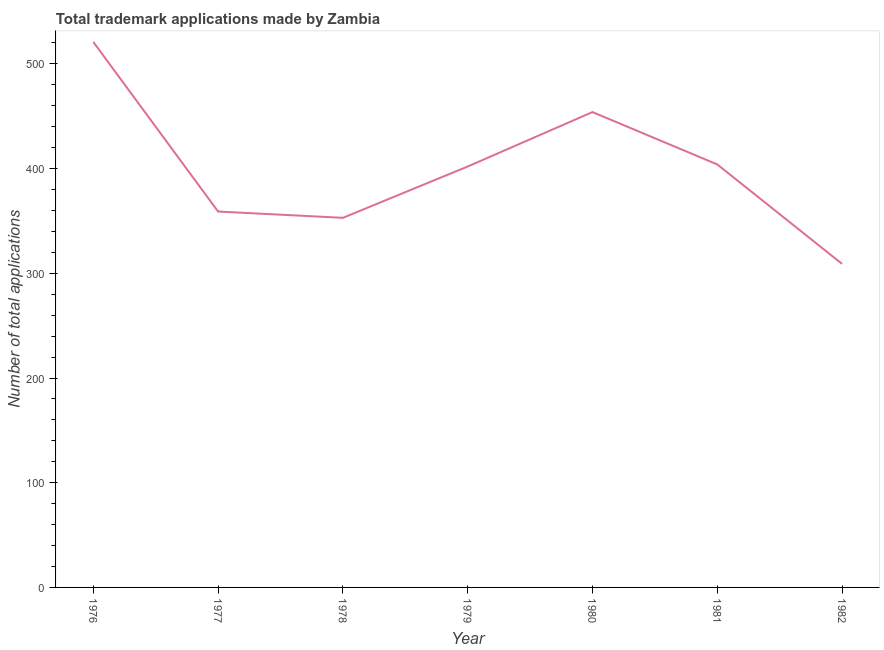
| Year | Trademark applications |
 | --- | --- |
 | 1976 | 521 |
 | 1977 | 359 |
 | 1978 | 353 |
 | 1979 | 402 |
 | 1980 | 454 |
 | 1981 | 404 |
 | 1982 | 309 |